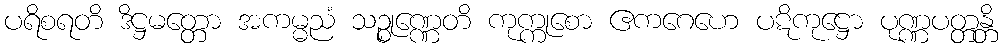
ပရိစရတိ ဒိဋ္ဌမတ္တော အကမ္မညံ သဉ္စုဏ္ဏေတိ ကုက္ကုစော ဧကဂေဟေ ပဋိကုဋ္ဌော ပုဏ္ဏပတ္တန္တိ